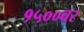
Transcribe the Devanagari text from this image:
१५००वर